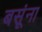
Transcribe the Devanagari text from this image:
बसूंना